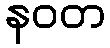
နဝတ